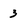
Character: 3